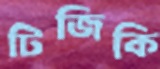
টিজিকি